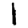
Digit: 1